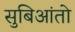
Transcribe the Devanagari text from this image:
सुबिआंतो